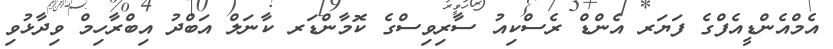
އެމްއެންޑީއެފްގެ ފަޔަރ އެންޑް ރެސްކިއު ސާރިވިސްގެ ކޮމާންޑަރ ކާނަލް އަބްދު އިބްރާހިމް ވިދާޅުވި